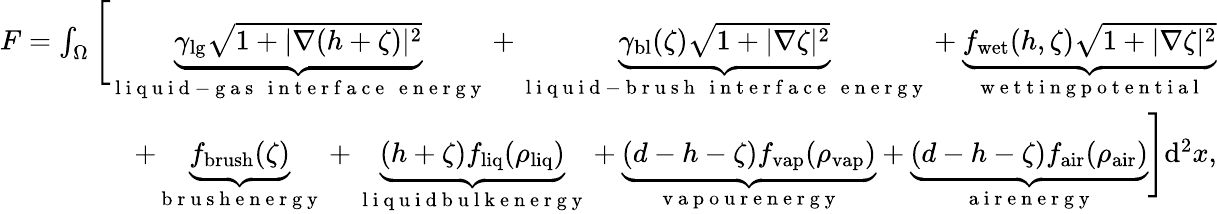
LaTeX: \begin{array}{r}{F=\int_{\Omega}\Bigg[\underbrace{\gamma_{\mathrm{lg}}{\sqrt{1+|\nabla(h+\zeta)|^{2}}}}_{\mathrm{~l~i~q~u~i~d~-~g~a~s~\, ~i~n~t~e~r~f~a~c~e~\, ~e~n~e~r~g~y~}}+\underbrace{\gamma_{\mathrm{bl}}(\zeta)\sqrt{1+|\nabla\zeta|^{2}}}_{\mathrm{~l~i~q~u~i~d~-~b~r~u~s~h~\, ~i~n~t~e~r~f~a~c~e~\, ~e~n~e~r~g~y~}}+\underbrace{f_{\mathrm{wet}}(h,\zeta)\sqrt{1+|\nabla\zeta|^{2}}}_{\mathrm{~w~e~t~t~i~n~g~p~o~t~e~n~t~i~a~l~}}}\\ {+\underbrace{f_{\mathrm{brush}}(\zeta)}_{\mathrm{~b~r~u~s~h~e~n~e~r~g~y~}}+\underbrace{(h+\zeta)f_{\mathrm{liq}}(\rho_{\mathrm{liq}})}_{\mathrm{~l~i~q~u~i~d~b~u~l~k~e~n~e~r~g~y~}}+\underbrace{(d-h-\zeta)f_{\mathrm{vap}}(\rho_{\mathrm{vap}})}_{\mathrm{~v~a~p~o~u~r~e~n~e~r~g~y~}}+\underbrace{(d-h-\zeta)f_{\mathrm{air}}(\rho_{\mathrm{air}})}_{\mathrm{~a~i~r~e~n~e~r~g~y~}}\Bigg]\mathrm{d}^{2}x,}\end{array}